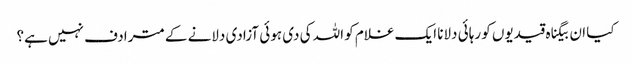
کیا ان بیگناہ قیدیوں کو رہائی دلانا ایک غلام کو اللہ کی دی ہوئی آزادی دلانے کے مترادف نہیں ہے؟